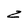
Character: z